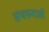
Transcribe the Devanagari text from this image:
संचयनाओं